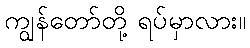
ကျွန်တော်တို့ ရပ်မှာလား။